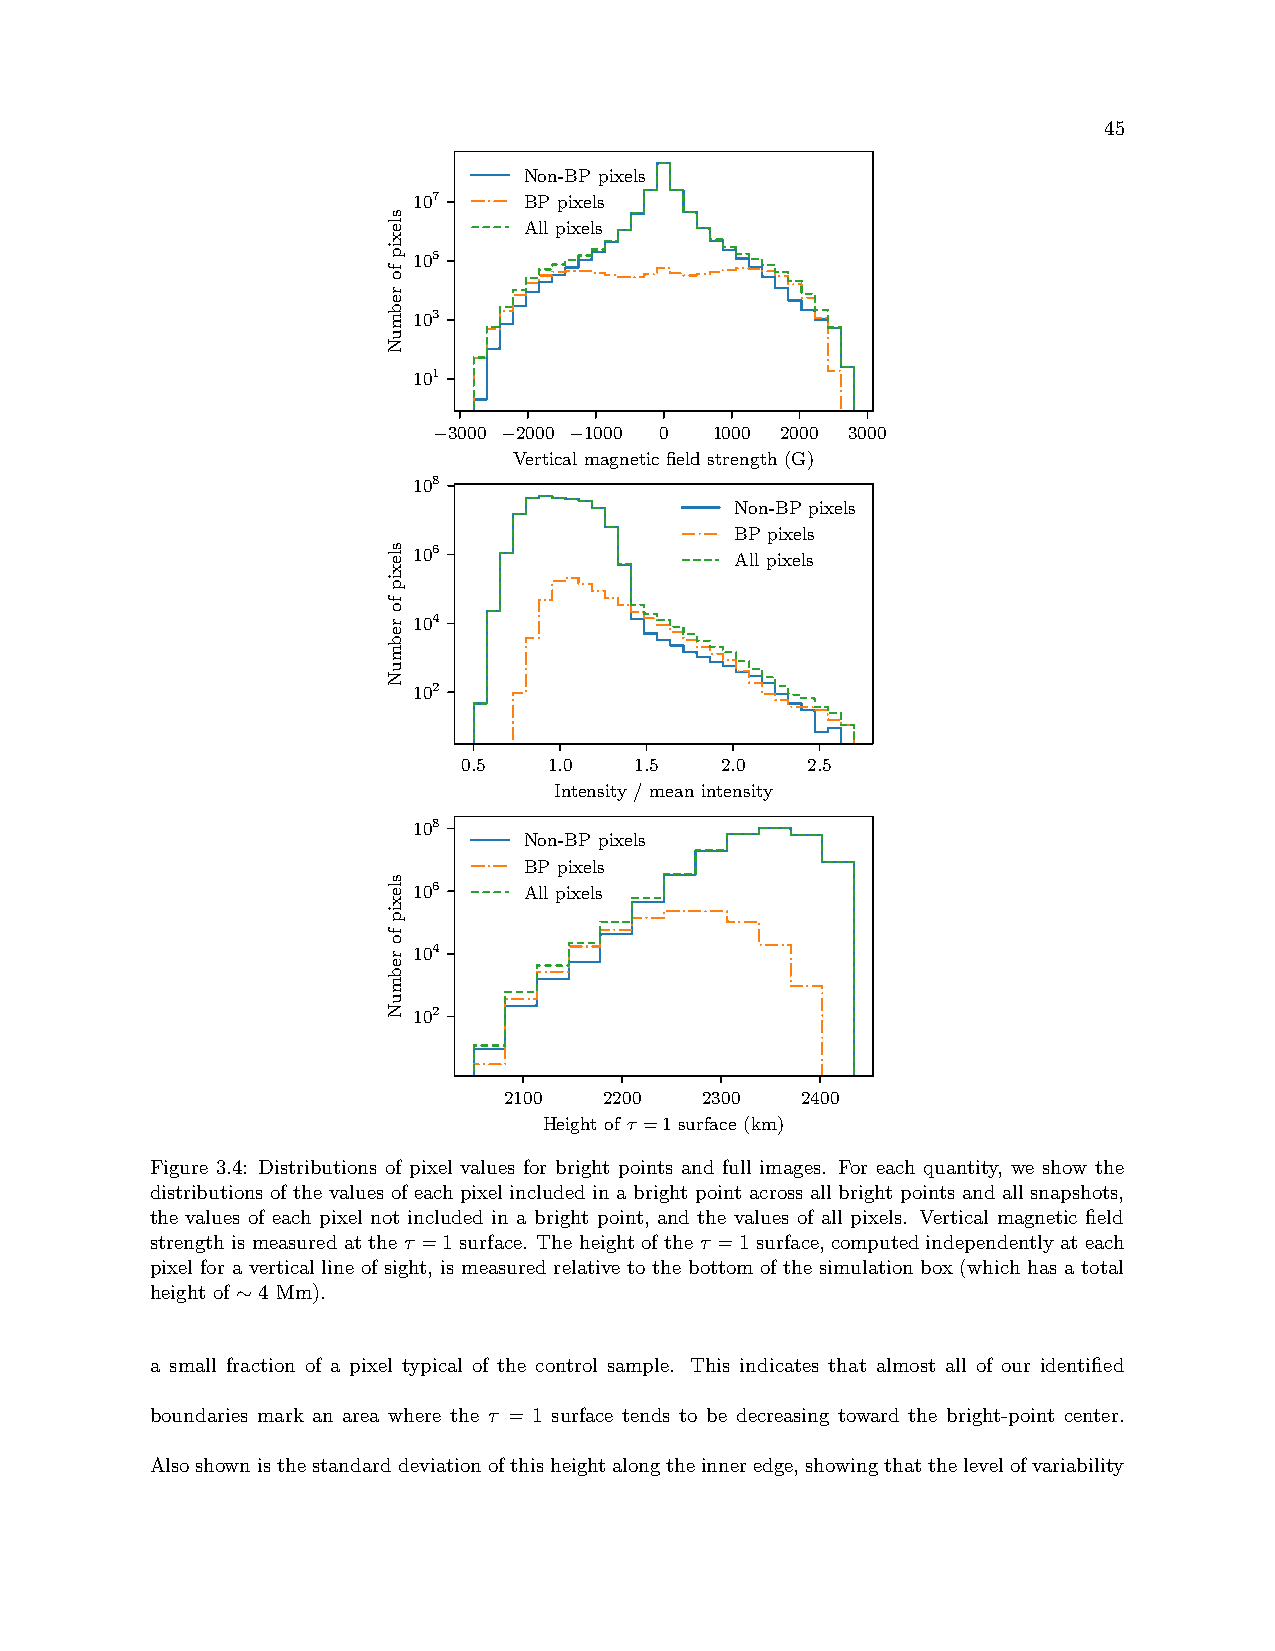
45
 Non-BP pixels
 107     BP pixels
 All pixels
 105
 103
 101
 3000 2000 1000 0 1000 2000 3000
 −   −    −
 Vertical magnetic field strength (G)
 108
 Non-BP pixels
 BP pixels
 106
 All pixels
 104
 102
 0.5  1.0   1.5   2.0  2.5
 Intensity / mean intensity
 108
 Non-BP pixels
 BP pixels
 106     All pixels
 104
 102
 2100   2200  2300   2400
 Height of τ =1 surface (km)
 Figure 3.4: Distributions of pixel values for bright points and full images. For each quantity, we show the
 distributions of the values of each pixel included in a bright point across all bright points and all snapshots,
 the values of each pixel not included in a bright point, and the values of all pixels. Vertical magnetic field
 strength is measured at the τ =1 surface. The height of the τ =1 surface, computed independently at each
 pixel for a vertical line of sight, is measured relative to the bottom of the simulation box (which has a total
 height of ∼4 Mm).
 a small fraction of a pixel typical of the control sample. This indicates that almost all of our identified
 boundaries mark an area where the τ = 1 surface tends to be decreasing toward the bright-point center.
 Alsoshownisthestandarddeviationofthisheightalongtheinneredge,showingthatthelevelofvariability
 slexip
 fo
 rebmuN
 slexip
 fo
 rebmuN
 slexip
 fo
 rebmuN